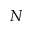
N